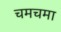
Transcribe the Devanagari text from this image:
चमचमा